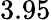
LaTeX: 3.95